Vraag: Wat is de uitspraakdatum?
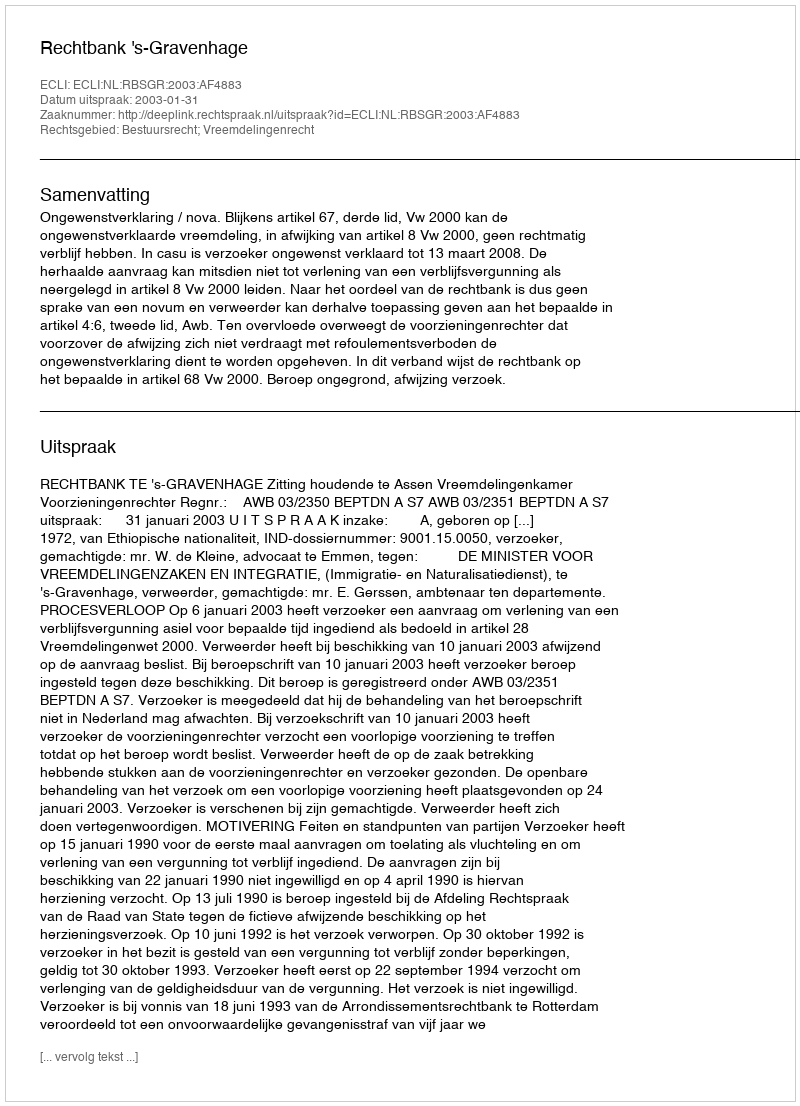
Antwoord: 2003-01-31